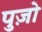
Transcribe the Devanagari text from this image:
पुज़ो